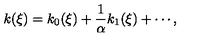
k ( \xi ) = k _ { 0 } ( \xi ) + \frac { 1 } { \alpha } k _ { 1 } ( \xi ) + \cdots ,